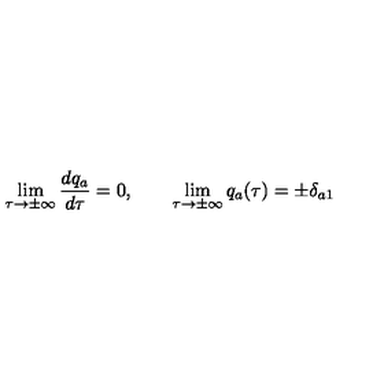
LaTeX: \lim _ { \tau \to \pm \infty } \frac { d q _ { a } } { d \tau } = 0 , \qquad \lim _ { \tau \to \pm \infty } q _ { a } ( \tau ) = \pm \delta _ { a 1 }